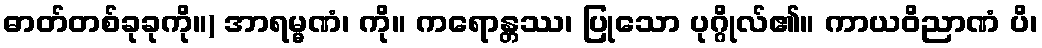
ဓာတ်တစ်ခုခုကို။) အာရမ္မဏံ၊ ကို။ ကရောန္တဿ၊ ပြုသော ပုဂ္ဂိုလ်၏။ ကာယဝိညာဏံ ပိ၊